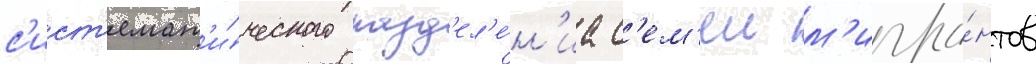
с'ист'емат'и́ческого разд'ел'е́н'иа с'ем'еи м'игра́нтов